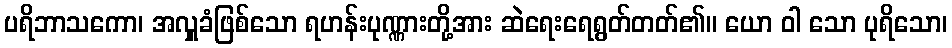
ပရိဘာသကော၊ အလှူခံဖြစ်သော ရဟန်းပုဏ္ဏားတို့အား ဆဲရေးရေရွတ်တတ်၏။ ယော ဝါ သော ပုရိသော၊